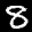
Label: 8